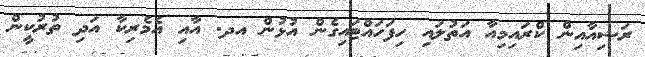
ރަޝިއާއިން ކްރައިމިއާ އަތުލައި ހިފަހައްޓައިގެން އުޅުން އދ. އާއި އެމެރިކާ އަދި ތުރުކީން